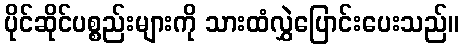
ပိုင်ဆိုင်ပစ္စည်းများကို သားထံလွှဲပြောင်းပေးသည်။